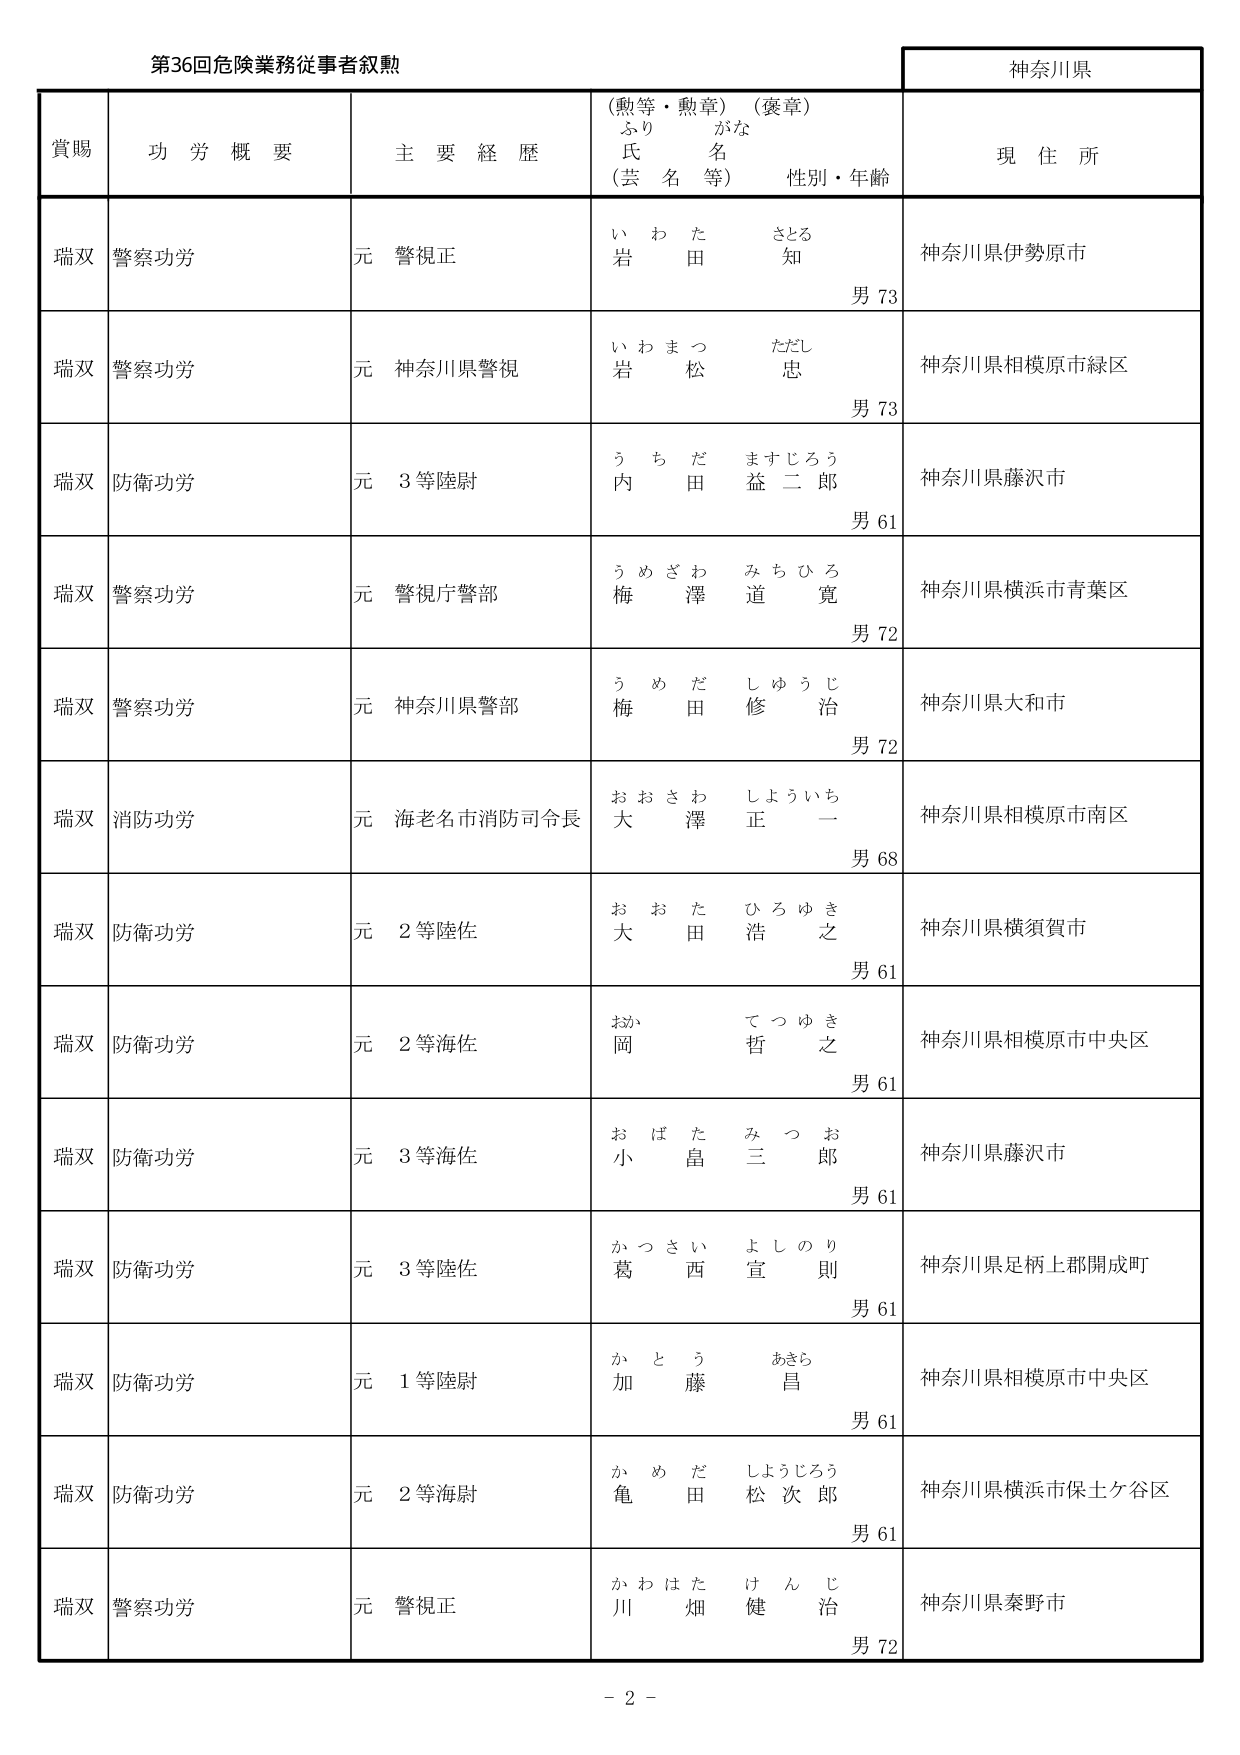
第36回危険業務従事者叙勲

神奈川県

賞賜　　功労概要　　主要経歴　　（勲等・勲章）（褒章）　　現住所
　　　　　　　　　　　　ふりがな
　　　　　　　　　　　　氏名
　　　　　　　　　　　　（芸名等）　　性別・年齢

瑞双　警察功労　　元 警視正　　いわた さとる　　岩田 知　　男 73　　神奈川県伊勢原市

瑞双　警察功労　　元 神奈川県警視　　いわまつ ただし　　岩松 忠　　男 73　　神奈川県相模原市緑区

瑞双　防衛功労　　元 3等陸尉　　うちだ ますじろう　　内田 益二郎　　男 61　　神奈川県藤沢市

瑞双　警察功労　　元 警視庁警部　　うめざわ みちひろ　　梅澤 道寛　　男 72　　神奈川県横浜市青葉区

瑞双　警察功労　　元 神奈川県警部　　うめだ しゅうじ　　梅田 修治　　男 72　　神奈川県大和市

瑞双　消防功労　　元 海老名市消防司令長　　おおさわ しょういち　　大澤 正一　　男 68　　神奈川県相模原市南区

瑞双　防衛功労　　元 2等陸佐　　おおた ひろゆき　　大田 浩之　　男 61　　神奈川県横須賀市

瑞双　防衛功労　　元 2等海佐　　おか てつゆき　　岡 哲之　　男 61　　神奈川県相模原市中央区

瑞双　防衛功労　　元 3等海佐　　おばた みつお　　小畠 三郎　　男 61　　神奈川県藤沢市

瑞双　防衛功労　　元 3等陸佐　　かつさい よしのり　　葛西 宣則　　男 61　　神奈川県足柄上郡開成町

瑞双　防衛功労　　元 1等陸尉　　かとう あきら　　加藤 昌　　男 61　　神奈川県相模原市中央区

瑞双　防衛功労　　元 2等海尉　　かめだ しょうじろう　　亀田 松次郎　　男 61　　神奈川県横浜市保土ケ谷区

瑞双　警察功労　　元 警視正　　かわはた けんじ　　川畑 健治　　男 72　　神奈川県秦野市

－ 2 －